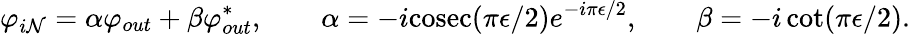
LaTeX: \varphi_{i\mathcal{N}}=\alpha\varphi_{out}+\beta\varphi_{out}^{*},\qquad\alpha=-i\mathrm{{cosec}}(\pi\epsilon/2)e^{-i\pi\epsilon/2},\qquad\beta=-i\cot(\pi\epsilon/2).